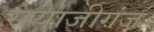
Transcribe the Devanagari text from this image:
सयाजीगंज